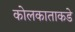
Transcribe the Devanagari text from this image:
कोलकाताकडे